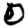
Digit: 0